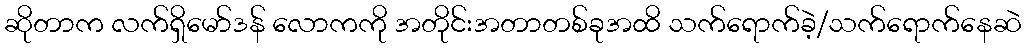
ဆိုတာက လက်ရှိမော်ဒန် လောကကို အတိုင်းအတာတစ်ခုအထိ သက်ရောက်ခဲ့/သက်ရောက်နေဆဲ